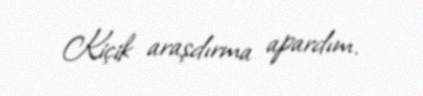
Kiçik araşdırma apardım.